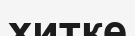
хитке